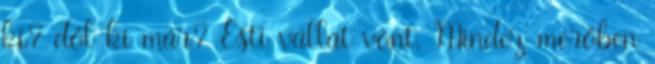
ki? dől ki már? Esti vállat vont. Mindez merőben